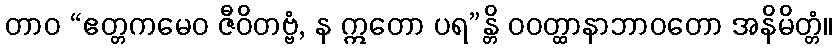
တာဝ “ဧတ္တကမေဝ ဇီဝိတဗ္ဗံ, န ဣတော ပရ”န္တိ ဝဝတ္ထာနာဘာဝတော အနိမိတ္တံ။